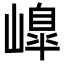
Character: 𡼗